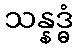
သန္နဒ္ဓံ